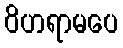
ဝိဟရာမပေ